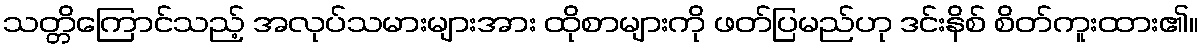
သတ္တိကြောင်သည့် အလုပ်သမားများအား ထိုစာများကို ဖတ်ပြမည်ဟု ဒင်းနိစ် စိတ်ကူးထား၏။